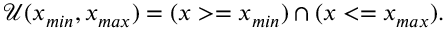
\mathcal { U } ( x _ { m i n } , x _ { m a x } ) = ( x > = x _ { m i n } ) \cap ( x < = x _ { m a x } ) .